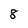
Character: 8